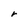
Character: r